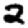
Digit: 2